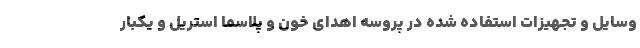
وسایل و تجهیزات استفاده شده در پروسه اهدای خون و پلاسما استریل و یکبار